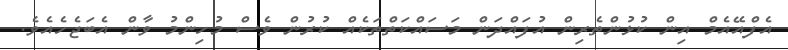
އެފްއޭއެމް އިން ކުޅުންތެރިން އުފައްދަން މަސައްކަތްތަކެއް ކުރުން ވެސް މުހިންމު ވާން އެބަޖެހެއެވެ.